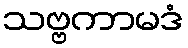
သဗ္ဗကာမဒံ